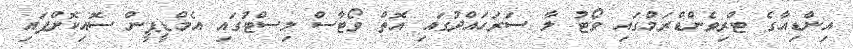
އިންޑިއާގެ ޓްރިވެންޑްރަމްގައި ވޯޓު ލާ ސަރަހައްދުގައި އޮތް ވޯޓާސް ލިސްޓުގައި އެމްޑީޕީން ސޮއިކޮށްފައި